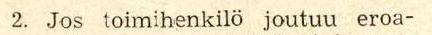
2. Jos toimihenkilö joutuu eroa-